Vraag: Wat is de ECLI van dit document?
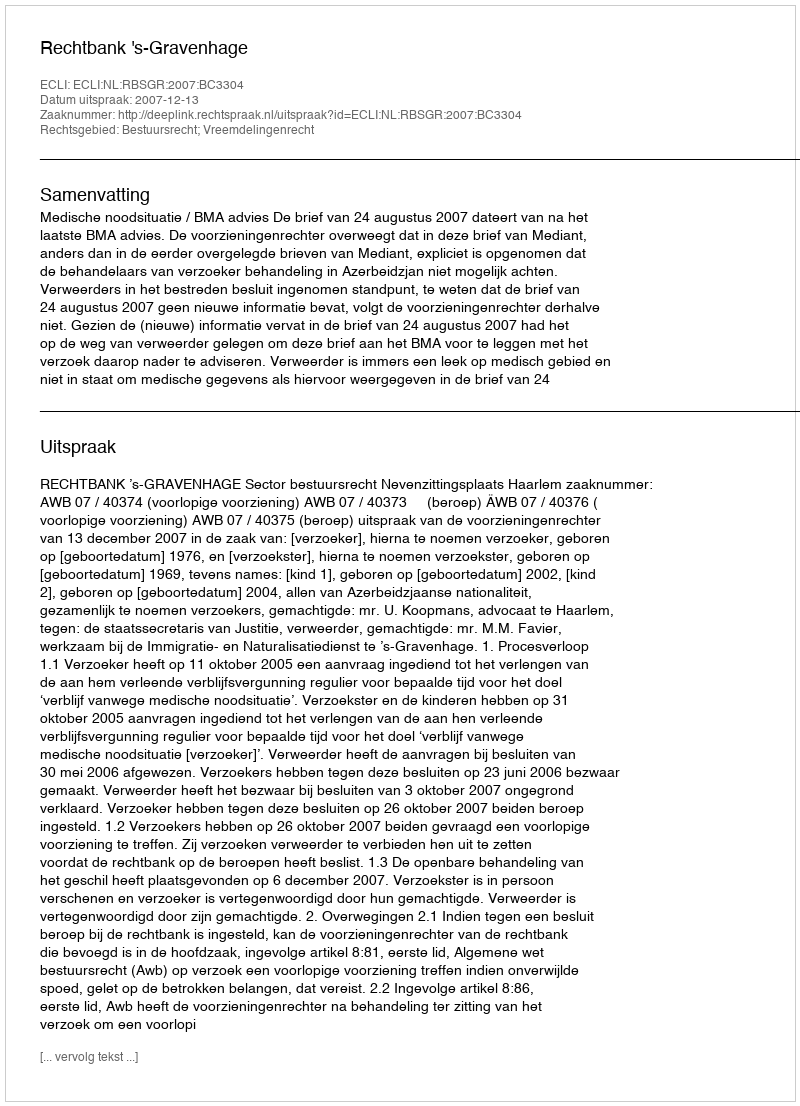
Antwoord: ECLI:NL:RBSGR:2007:BC3304